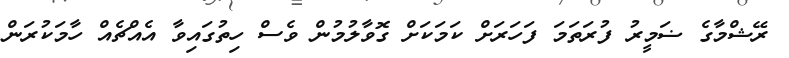
ރޭޝްމާގެ ޟަމީރު ފުރަތަމަ ފަހަރަށް ކަމަކަށް ގޮވާލުމުން ވެސް ހިތުގައިވާ އެއްޗެއް ހާމަކުރަން